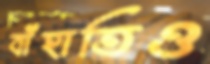
বাঁহাতিও